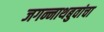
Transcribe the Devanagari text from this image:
जगन्नाथबुवांचा